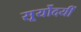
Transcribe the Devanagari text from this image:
सूर्योदयीं